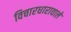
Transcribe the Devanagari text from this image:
विचारधारावाले